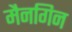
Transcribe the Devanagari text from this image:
मैनगिन